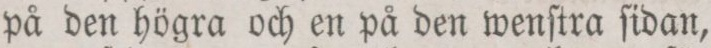
på den högra och en på den wenſtra ſidan,